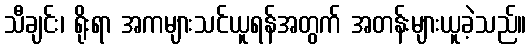
သီချင်း၊ ရိုးရာ အကများသင်ယူရန်အတွက် အတန်းများယူခဲ့သည်။